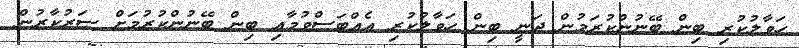
ހަވާލުކުރި ބިން ބޭނުންކުރަމުން ދަނީ ބިން ހަވާލުކުރި އެއްބަސްވުމާއި ބިން ބޭނުންކުރުމަށް ސަރުކާރުން